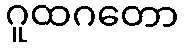
ဂူထဂတော